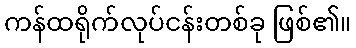
ကန်ထရိုက်လုပ်ငန်းတစ်ခု ဖြစ်၏။